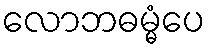
လောဘဓမ္မံပေ